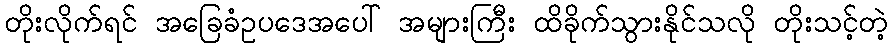
တိုးလိုက်ရင် အခြေခံဥပဒေအပေါ် အများကြီး ထိခိုက်သွားနိုင်သလို တိုးသင့်တဲ့